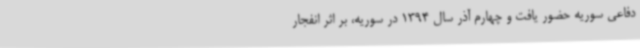
دفاعی سوریه حضور یافت و چهارم آذر سال 1394 در سوریه، بر اثر انفجار